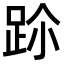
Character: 𨀀